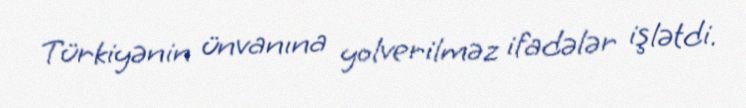
Türkiyənin ünvanına yolverilməz ifadələr işlətdi.